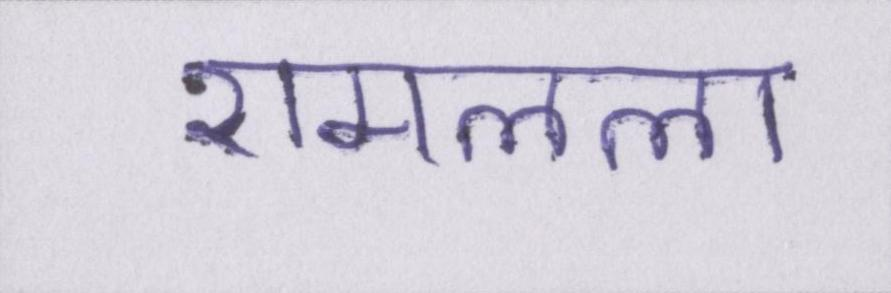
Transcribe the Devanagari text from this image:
रामलला